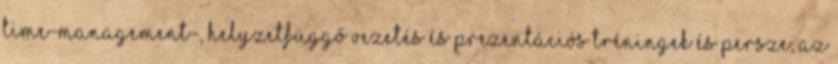
time-management-, helyzetfüggő vezetés és prezentációs tréningek és persze, az